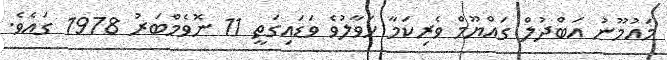
މައުމޫނު އަބްދުލް ގައްޔޫމް ވެރިކަމާ ހަވާލުވެ ވަޑައިގަތީ 11 ނޮވެމްބަރު 1978 ގައެވެ.